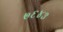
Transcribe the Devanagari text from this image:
७६४३